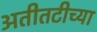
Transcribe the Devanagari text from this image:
अतीतटीच्या